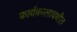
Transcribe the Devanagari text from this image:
कार्यकालावधीत